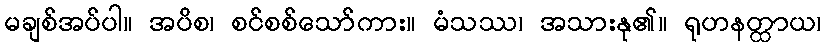
မချစ်အပ်ပါ။ အပိစ၊ စင်စစ်သော်ကား။ မံသဿ၊ အသားနု၏။ ရုဟနတ္ထာယ၊